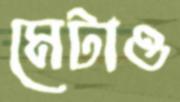
মেটাও